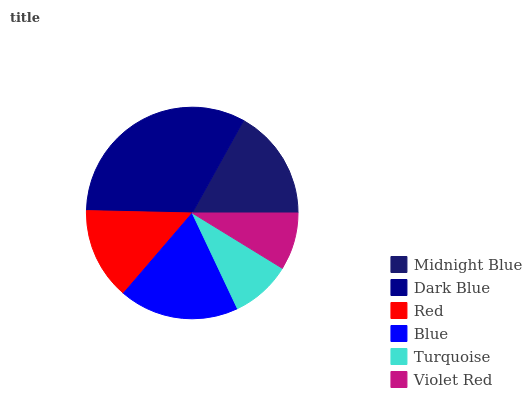
| Midnight Blue | Dark Blue | Red | Blue | Turquoise | Violet Red |
 | --- | --- | --- | --- | --- | --- |
 | 16.9% | 32.7% | 14.1% | 18.3% | 9.23% | 8.77% |